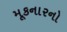
મૂકનારનો